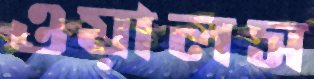
ওয়ালস